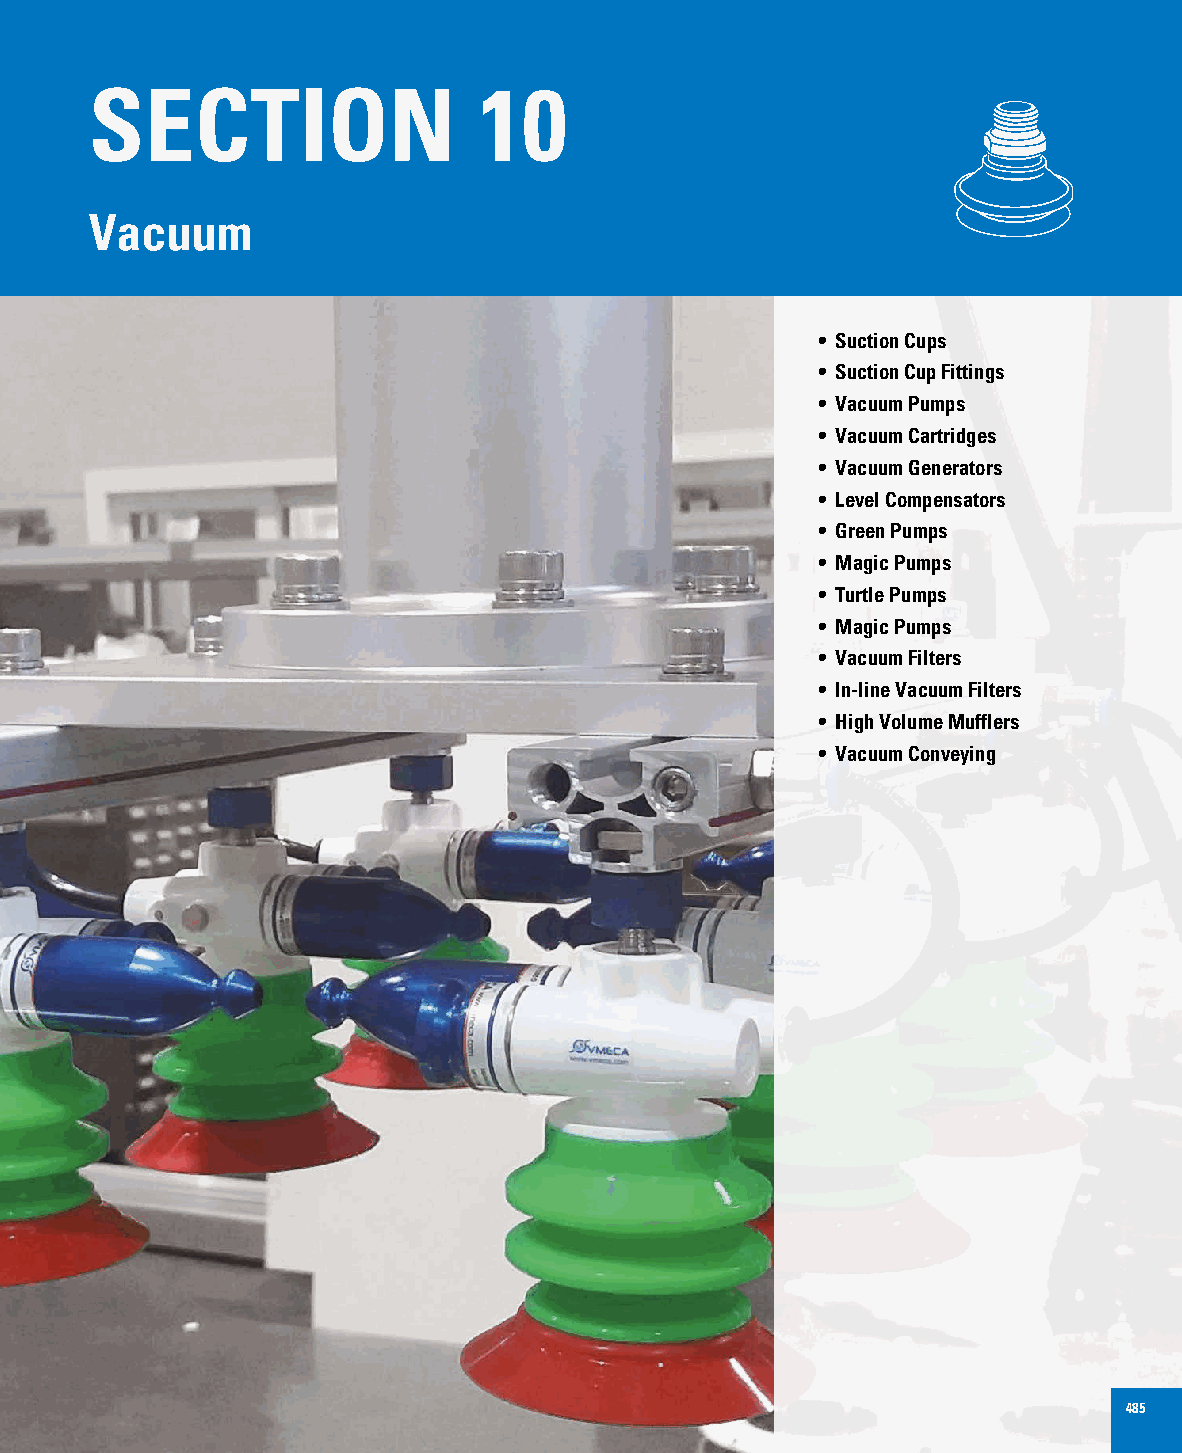
SECTION                   10
 Vacuum
 • Suction Cups
 • Suction Cup Fittings
 • Vacuum Pumps
 • Vacuum Cartridges
 • Vacuum Generators
 • Level Compensators
 • Green Pumps
 • Magic Pumps
 • Turtle Pumps
 • Magic Pumps
 • Vacuum Filters
 • In-line Vacuum Filters
 • High Volume Mufflers
 • Vacuum Conveying
 485